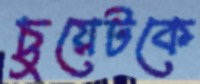
চুয়েটকে